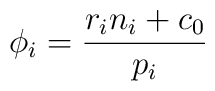
\phi_{i}=\frac{r_{i}n_{i}+c_{0}}{p_{i}}